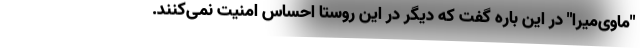
"ماوی‌میرا" در این باره گفت که دیگر در این روستا احساس امنیت نمی‌کنند.